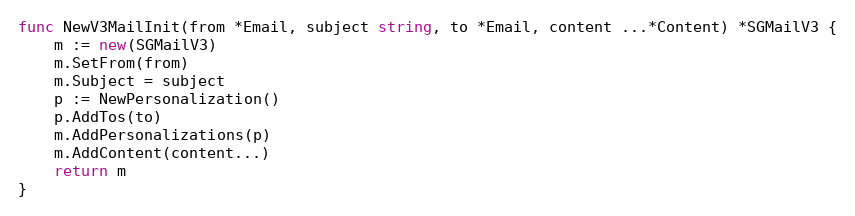
Language: Go
func NewV3MailInit(from *Email, subject string, to *Email, content ...*Content) *SGMailV3 {
	m := new(SGMailV3)
	m.SetFrom(from)
	m.Subject = subject
	p := NewPersonalization()
	p.AddTos(to)
	m.AddPersonalizations(p)
	m.AddContent(content...)
	return m
}